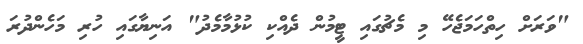
"ވަރަށް ހިތްހަމަޖެހޭ މި މެޗުގައި ޓީމުން ދެއްކި ކުޅުމާމެދު" އަނިޔާގައި ހުރި މަހެންދުރަ